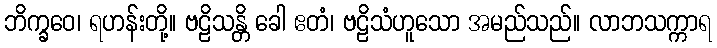
ဘိက္ခဝေ၊ ရဟန်းတို့။ ဗဠိသန္တိ ခေါ ဧတံ၊ ဗဠိသံဟူသော အမည်သည်။ လာဘသက္ကာရ